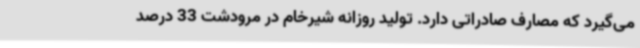
می‌گیرد که مصارف صادراتی دارد. تولید روزانه شیرخام در مرودشت 33 درصد